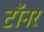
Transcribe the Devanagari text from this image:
टॉनर